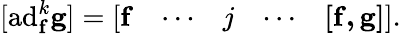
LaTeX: [\mathrm{ad}_{\mathbf{f}}^{k}\mathbf{\mathbf{g}}]={\left[\begin{array}{lllll}{\mathbf{f}}&{\cdots}&{j}&{\cdots}&{\mathbf{[\mathbf{f},\mathbf{g}]}}\end{array}\right]}.